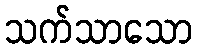
သက်သာသော